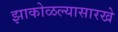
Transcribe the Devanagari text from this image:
झाकोळल्यासारखे